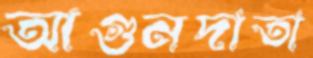
আগুনদাতা